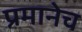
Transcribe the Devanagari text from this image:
प्रमानेच